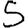
Digit: 5